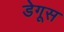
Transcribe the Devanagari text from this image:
डेगूस